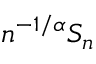
n ^ { - 1 / \alpha } S _ { n }